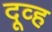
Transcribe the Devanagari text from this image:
दूव्ह